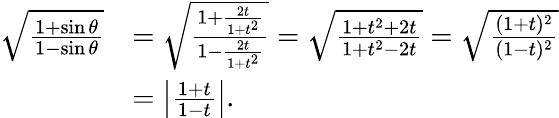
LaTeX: {\begin{array}{rl}{{\sqrt{\frac{1+\sin\theta}{1-\sin\theta}}}}&{={\sqrt{\frac{1+{\frac{2t}{1+t^{2}}}}{1-{\frac{2t}{1+t^{2}}}}}}={\sqrt{\frac{1+t^{2}+2t}{1+t^{2}-2t}}}={\sqrt{\frac{(1+t)^{2}}{(1-t)^{2}}}}}\\ &{=\left|{\frac{1+t}{1-t}}\right|.}\end{array}}